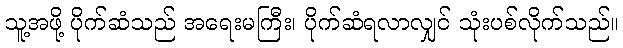
သူ့အဖို့ ပိုက်ဆံသည် အရေးမကြီး၊ ပိုက်ဆံရလာလျှင် သုံးပစ်လိုက်သည်။